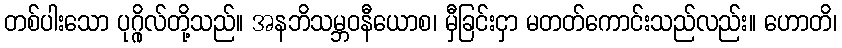
တစ်ပါးသော ပုဂ္ဂိုလ်တို့သည်။ အနဘိသမ္ဘဝနီယောစ၊ မှီခြင်းငှာ မတတ်ကောင်းသည်လည်း။ ဟောတိ၊